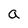
Character: a